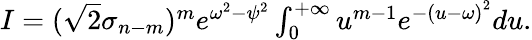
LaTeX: \begin{array}{r}{I=(\sqrt{2}\sigma_{n-m})^{m}e^{\omega^{2}-\psi^{2}}\int_{0}^{+\infty}u^{m-1}e^{-\left(u-\omega\right)^{2}}du.}\end{array}